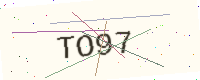
Text: TO97